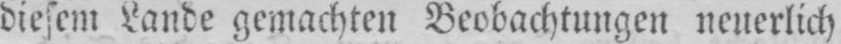
diesem Lande gemachten Beobachtungen neuerlich